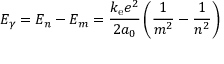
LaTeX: E _ { \gamma } = E _ { n } - E _ { m } = { \frac { k _ { \mathrm { e } } e ^ { 2 } } { 2 a _ { 0 } } } \left( { \frac { 1 } { m ^ { 2 } } } - { \frac { 1 } { n ^ { 2 } } } \right)